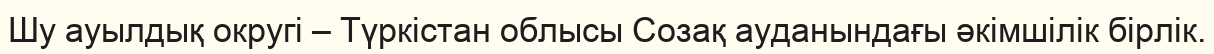
Шу ауылдық округі – Түркістан облысы Созақ ауданындағы әкімшілік бірлік.